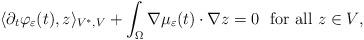
LaTeX: \begin{align*} \langle \partial_t \varphi_{\varepsilon}(t), z \rangle_{V^*,V} + \int_{\Omega} \nabla \mu_{\varepsilon}(t) \cdot \nabla z = 0 \ \ \textrm{for all $z \in V$,} \end{align*}